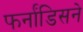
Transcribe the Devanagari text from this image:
फर्नांडिसने